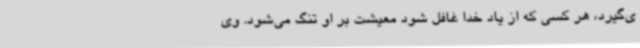
ی‌گیرد، هر کسی که از یاد خدا غافل شود معیشت بر او تنگ می‌شود. وی